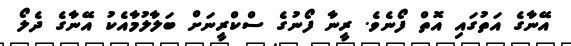
އޭނާގެ އަތުގައި އޮތް ފޯނެވެ. ރީނާ ފޯނުގެ ސްކްރީނަށް ބަލާލުމާއެކު އޭނާގެ ދެލޯ